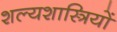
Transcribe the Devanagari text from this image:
शल्यशास्त्रियों